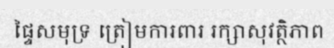
ផ្ទៃសមុទ្រ ត្រៀមការពារ រក្សាសុវត្ថិភាព